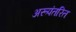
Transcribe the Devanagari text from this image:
अरूपंतरित